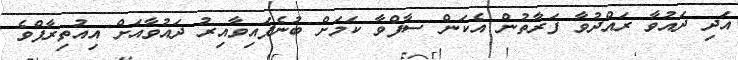
އަދި ދައުވާ ރައްދުވާ ފަރާތުން އެކަން ސާފްވާ ކަމަށް ބުނެފައިވާއިރު ދައުވާއަށް އިއުތިރާފްވެ